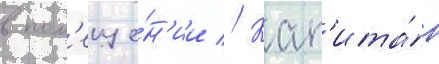
в пом'еще́н'ии // Кап'ита́н